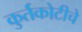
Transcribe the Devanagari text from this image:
कुर्तकोटीचे